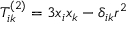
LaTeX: \quad T _ { i k } ^ { ( 2 ) } = 3 x { _ { i } } x { _ { k } } - \delta _ { i k } r ^ { 2 }